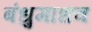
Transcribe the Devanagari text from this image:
बंधुमाधव